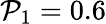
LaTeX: \mathcal{P}_{1}=0.6